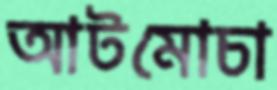
আটমোচা